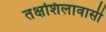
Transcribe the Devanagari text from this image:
तक्षशिलावासी